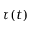
\tau ( t )